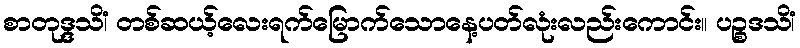
စာတုဒ္ဒသိံ၊ တစ်ဆယ့်လေးရက်မြောက်သောနေ့ပတ်လုံးလည်းကောင်း။ ပဉ္စဒသိံ၊